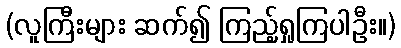
(လူကြီးများ ဆက်၍ ကြည့်ရှုကြပါဦး။)